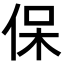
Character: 保